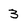
Character: 3